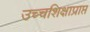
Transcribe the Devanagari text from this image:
उच्चशिक्षाप्राप्त